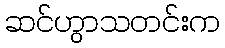
ဆင်ဟွာသတင်းက